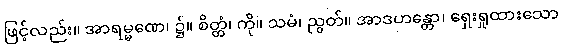
ဖြင့်လည်း။ အာရမ္မဏေ၊ ၌။ စိတ္တံ၊ ကို။ သမံ၊ ညွတ်။ အာဒဟန္တော၊ ရှေးရှုထားသော